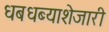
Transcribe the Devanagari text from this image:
धबधब्याशेजारी